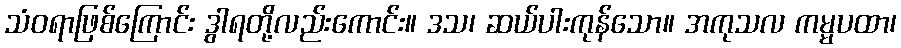
သံဝရာဖြစ်ကြောင်း ဒွါရတို့လည်းကောင်း။ ဒသ၊ ဆယ်ပါးကုန်သော။ အကုသလ ကမ္မပထာ၊